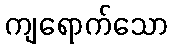
ကျရောက်သော